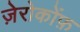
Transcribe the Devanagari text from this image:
ज़ेरोकोंफ़